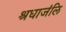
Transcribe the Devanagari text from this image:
श्रधाजंलि